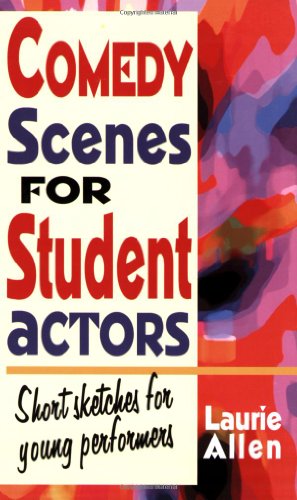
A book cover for Comedy Scenes for Student Actors: Short Sketches for Young Performers; Laurie Allen; Literature & Fiction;